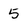
Character: 5